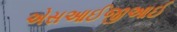
એસઆઈજીઆઈ